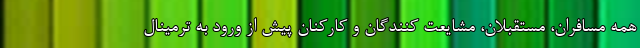
همه مسافران، مستقبلان، مشایعت کنندگان و کارکنان پیش از ورود به ترمینال